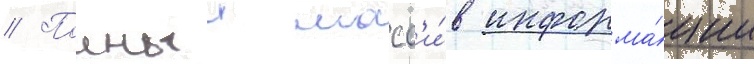
// Полныи масс'и́в информа́ции